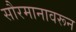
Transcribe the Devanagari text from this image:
सौरमानावरून